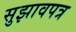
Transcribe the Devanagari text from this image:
सुझावपत्र